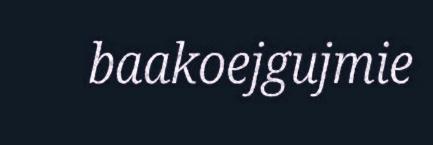
baakoejgujmie